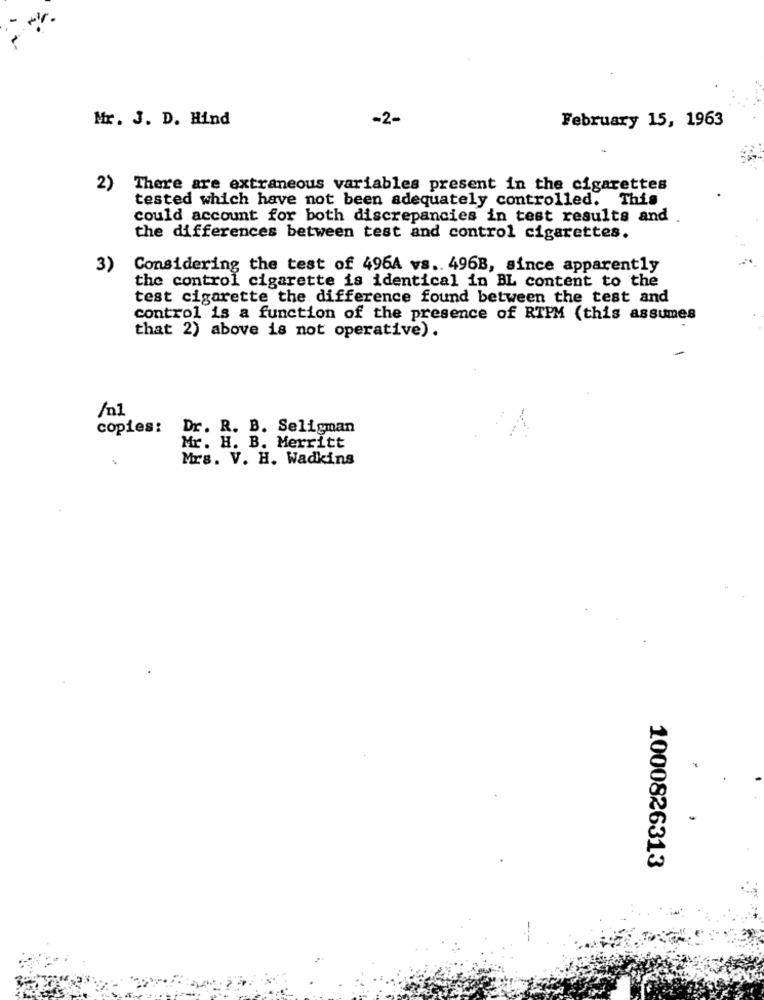
Mr. J. D. Hind
-2-
February 15, 1963
2)
There are extraneous variables present in the cigarettes
tested which have not been adequately controlled. This
could account for both discrepancies in test results and .
the differences between test and control cigarettes.
3)
Considering the test of 496A vs .. 496B, since apparently
the control cigarette is identical in BL content to the
test cigarette the difference found between the test and
control is a function of the presence of RTPM (this assumes
that 2) above is not operative).
/n1
copies:
Dr. R. B. Seligman
Mr. H. B. Merritt
Mrs. V. H. Wadkins
1000826313